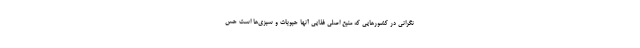
نگرانی در کشورهایی که منبع اصلی غذایی آنها حبوبات و سبزی‌ها است حس